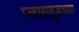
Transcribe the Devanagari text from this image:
प्लायवुडच्या